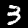
Digit: 3